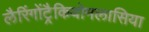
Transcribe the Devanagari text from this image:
लैरिंगोंट्रैकियोमलासिया